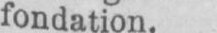
fondation.